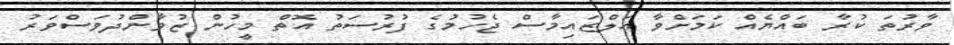
ވާރުތަ ކުރާ ބަައްޔެއް ކަމަށްވާ އަލްޒައިމާސް ޖެހުމުގެ ފުރުސަތު އޮތް މީހުން ޒުވާންދުވަސްވަރު